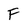
Character: F